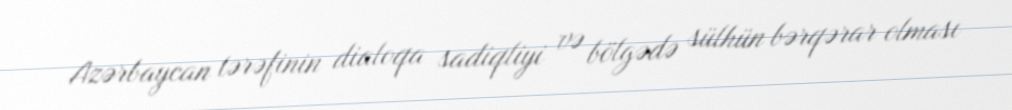
Azərbaycan tərəfinin dialoqa sadiqliyi və bölgədə sülhün bərqərar olması